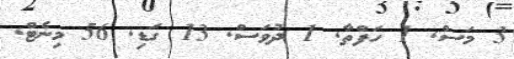
3 މަސް